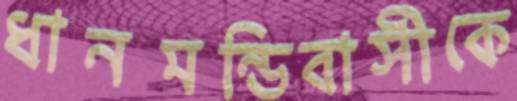
ধানমন্ডিবাসীকে